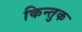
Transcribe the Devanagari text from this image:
किन्तुक